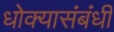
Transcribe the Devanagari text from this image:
धोक्यासंबंधी